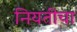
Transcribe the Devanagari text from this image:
नियतीचा